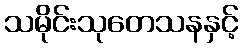
သမိုင်းသုတေသနနှင့်